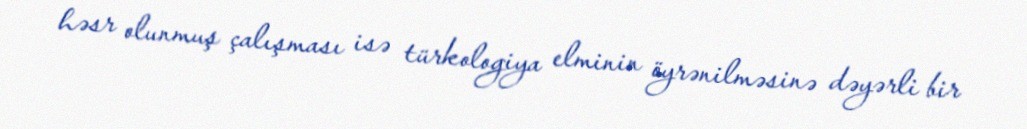
həsr olunmuş çalışması isə türkologiya elminin öyrənilməsinə dəyərli bir